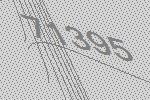
71395